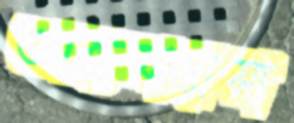
আন্তমাদ্রাসা